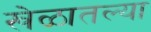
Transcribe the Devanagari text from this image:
खेळातल्या